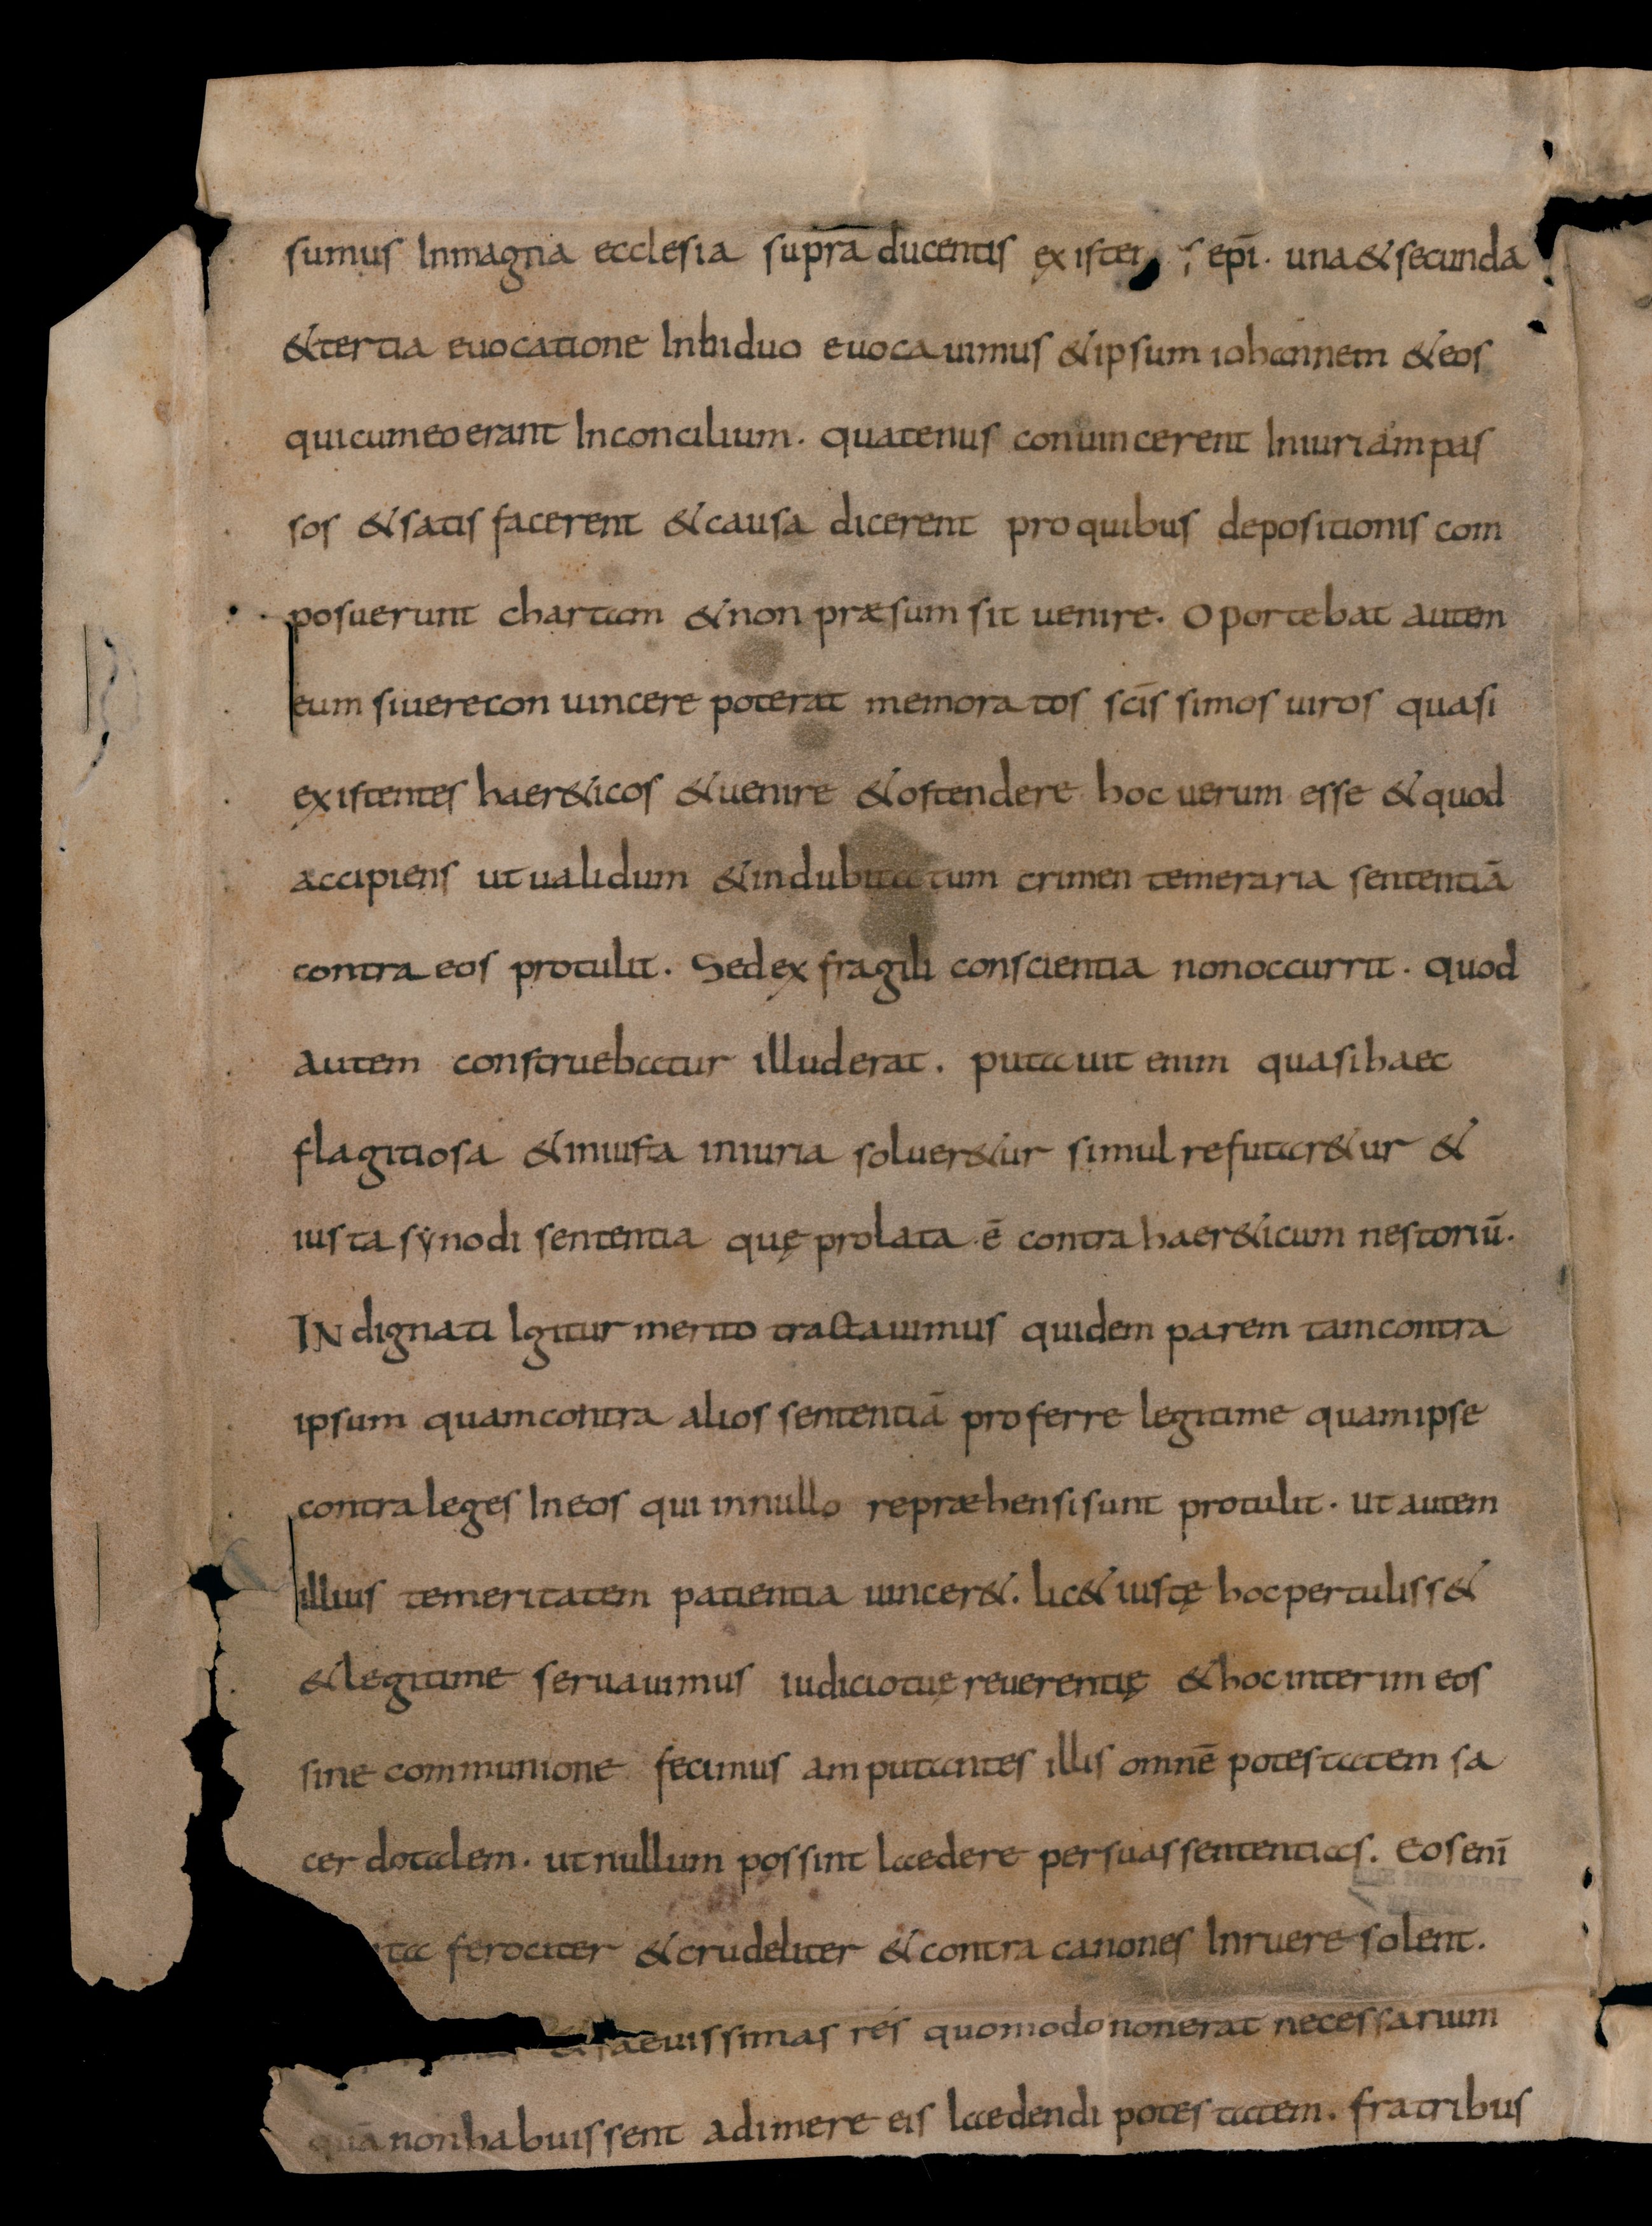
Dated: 834–865